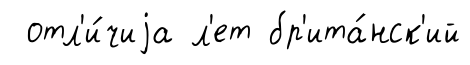
отл'и́чиjа л'ет бр'ита́нск'ий